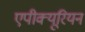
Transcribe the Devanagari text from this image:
एपीक्यूरियन